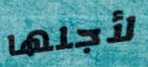
لأجلها